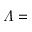
\varLambda =